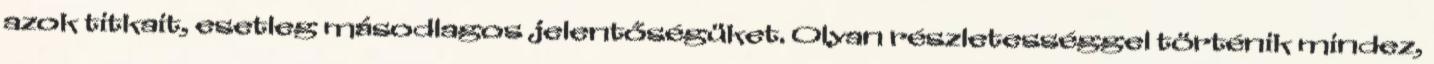
azok titkait, esetleg másodlagos jelentőségüket. Olyan részletességgel történik mindez,